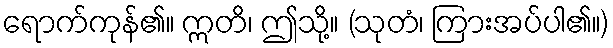
ရောက်ကုန်၏။ ဣတိ၊ ဤသို့။ (သုတံ၊ ကြားအပ်ပါ၏။)